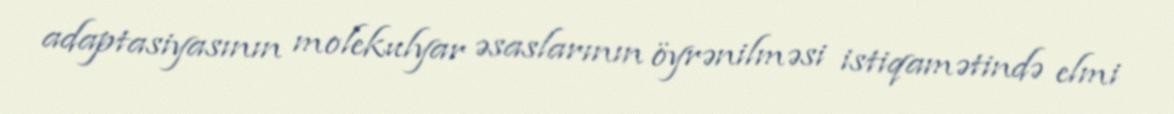
adaptasiyasının molekulyar əsaslarının öyrənilməsi istiqamətində elmi